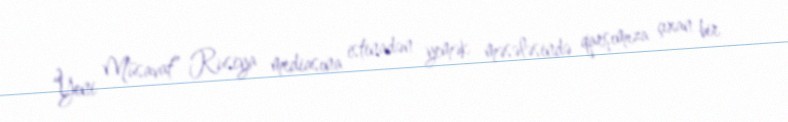
“Yeni Müsavat” Rusiya mediasına istinadən yemək məsələsində qarşımıza çıxan bir